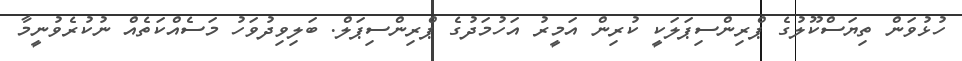
ހުޅުވަން ތިޔަސްކޫލުގެ ޕްރިންސިޕަލަކީ ކުރިން އަމީރު އަހުމަދުގެ ޕްރިންސިޕަލް. ބަލިވިދުވަހު މަސެއްކަތެއް ނުކުރެވުނީމާ